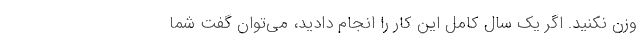
وزن نکنید. اگر یک‌ سال کامل این کار را انجام دادید، می‌توان گفت شما